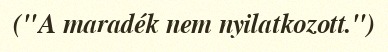
("A maradék nem nyilatkozott.")